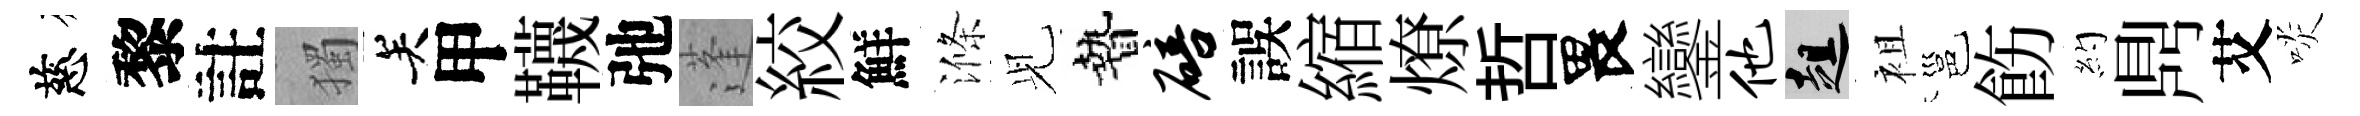
慈黎註獨关甲韈弛蓬絞鮮滌𫤗贄碚誤縮燎哲畏鑾他趄袓邕飭約𪔂艾啖